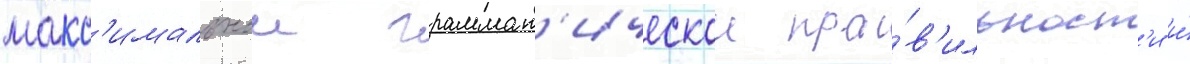
макс'имальнои граммат'ическои пра́в'ильност'и и́